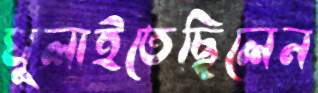
ঘুলাইতেছিলেন